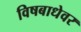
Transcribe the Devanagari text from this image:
विषबाधेवर